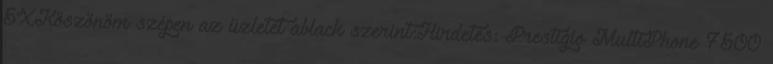
5XKöszönöm szépen az üzletet ablack szerint:Hirdetés: Prestigio MultiPhone 7500